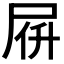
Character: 𡱚